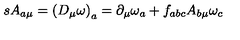
s A _ { a \mu } = \left( D _ { \mu } \omega \right) _ { a } = \partial _ { \mu } \omega _ { a } + f _ { a b c } A _ { b \mu } \omega _ { c }